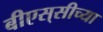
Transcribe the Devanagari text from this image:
बीएस्‌सीच्या